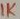
Text: 1K